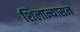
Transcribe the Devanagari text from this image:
शिलान्यासन